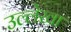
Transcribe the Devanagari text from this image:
उल्लेखा